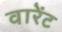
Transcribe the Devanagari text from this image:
वारेंट